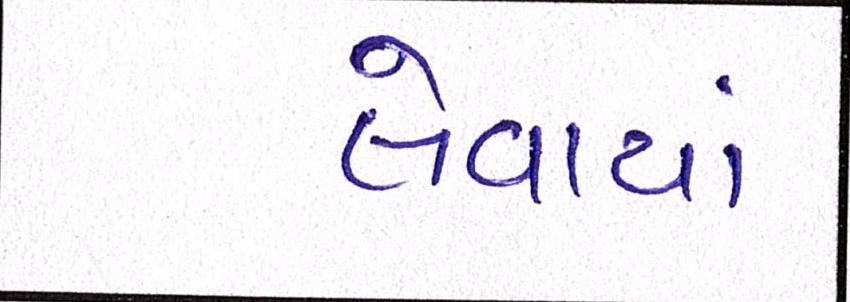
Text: લેવાયાં